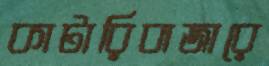
কাটারিবাজারে